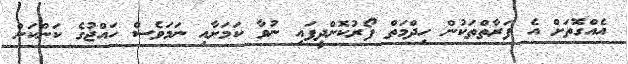
އެއްގޮތަށް އެ ފަރާތްތަކުން ހިދްމަތް ފޯރުކޮށްދީފައި ނުވާ ކަމަށާއި ނަމަވެސް ހައްޖުގެ ކަންކަން